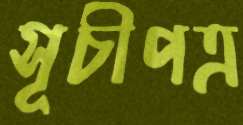
সূচীপত্র